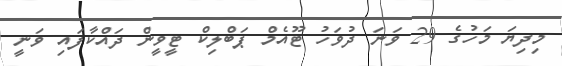
މިދިޔަ މަހުގެ 29 ވަނަ ދުވަހު ޓޫއެމް ޕަބްލިކް ޓީވީން ދައްކާފައި ވަނީ